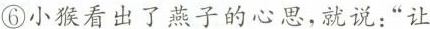
⑥小猴看出了燕子的心思，就说：”让